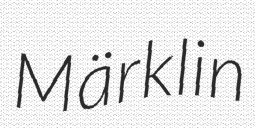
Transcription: Märklin